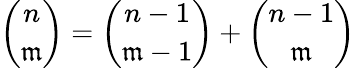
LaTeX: {\binom{n}{\mathfrak{m}}}={\binom{n-1}{\mathfrak{m}-1}}+{\binom{n-1}{\mathfrak{m}}}